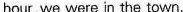
hour, we were in the town.